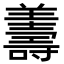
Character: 𦏟